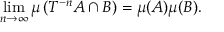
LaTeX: \operatorname* { l i m } _ { n \to \infty } \mu \left( T ^ { - n } A \cap B \right) = \mu ( A ) \mu ( B ) .